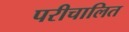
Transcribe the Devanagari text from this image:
परीचालित